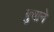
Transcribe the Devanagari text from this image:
बुचाने